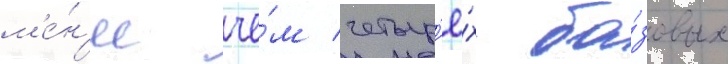
м'е́н'ее че́м четыр'ё́х ба́зовых